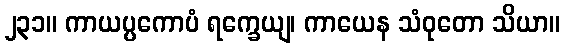
၂၃၁။ ကာယပ္ပကောပံ ရက္ခေယျ၊ ကာယေန သံဝုတော သိယာ။